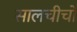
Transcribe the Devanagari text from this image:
सालचीचों